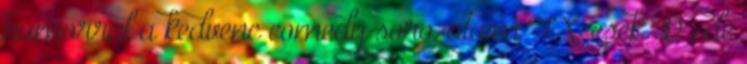
humorral a kedvenc comedy sorozataim FX-esek :D , de